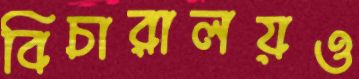
বিচারালয়ও